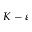
K - \varepsilon